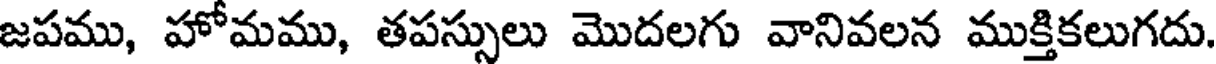
జపము, హోమము, తపస్సులు మొదలగు వానివలన ముక్తికలుగదు.